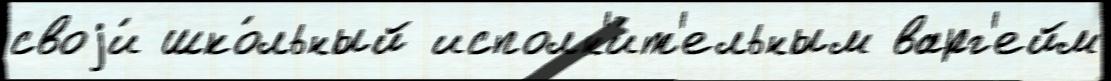
своjи́ шко́льный исполн'и́т'ельным варг'ейм